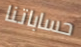
حساباتنا